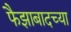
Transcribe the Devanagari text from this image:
फैझाबादच्या